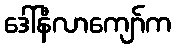
ဒေါ်နီလာကျော်က